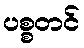
ပစ္စတင်